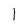
Character: 1